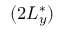
( 2 L _ { y } ^ { * } )